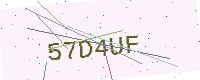
Text: 57D4UF